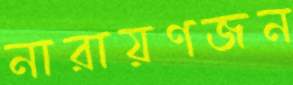
নারায়ণজন